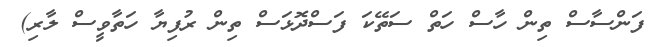
ފަންސާސް ތިން ހާސް ހަތް ސަތޭކަ ފަސްދޮޅަސް ތިން ރުފިޔާ ހަތާވީސް ލާރި)